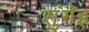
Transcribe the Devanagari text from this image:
सुंगेइ